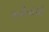
સદીયોથી